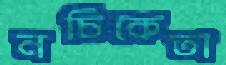
নচিকেতা